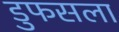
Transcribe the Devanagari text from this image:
डुफसला